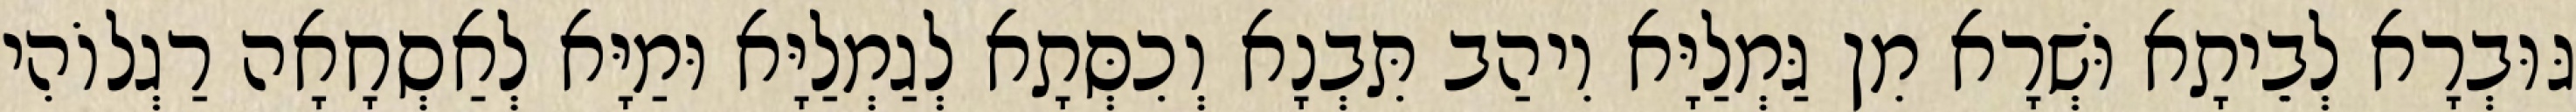
גּוּבְרָא לְבֵיתָא וּשְׁרָא מִן גַּמְלַיָּא וִיהַב תִּבְנָא וְכִסְּתָא לְגַמְלַיָּא וּמַיָּא לְאַסְחָאָה רַגְלוֹהִי